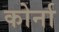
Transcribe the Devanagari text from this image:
कोर्ना